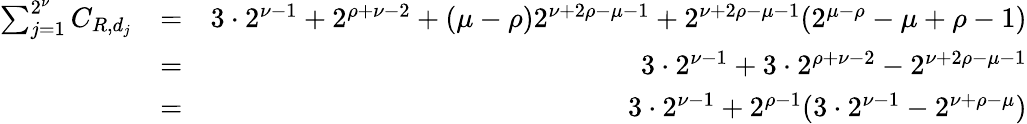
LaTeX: \begin{array}{rlr}{\sum_{j=1}^{2^{\nu}}C_{R,d_{j}}}&{=}&{3\cdot 2^{\nu-1}+2^{\rho+\nu-2}+(\mu-\rho)2^{\nu+2\rho-\mu-1}+2^{\nu+2\rho-\mu-1}(2^{\mu-\rho}-\mu+\rho-1)}\\ &{=}&{3\cdot 2^{\nu-1}+3\cdot 2^{\rho+\nu-2}-2^{\nu+2\rho-\mu-1}}\\ &{=}&{3\cdot 2^{\nu-1}+2^{\rho-1}(3\cdot 2^{\nu-1}-2^{\nu+\rho-\mu})}\end{array}